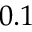
0 . 1